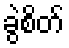
ခွဲစိတ်